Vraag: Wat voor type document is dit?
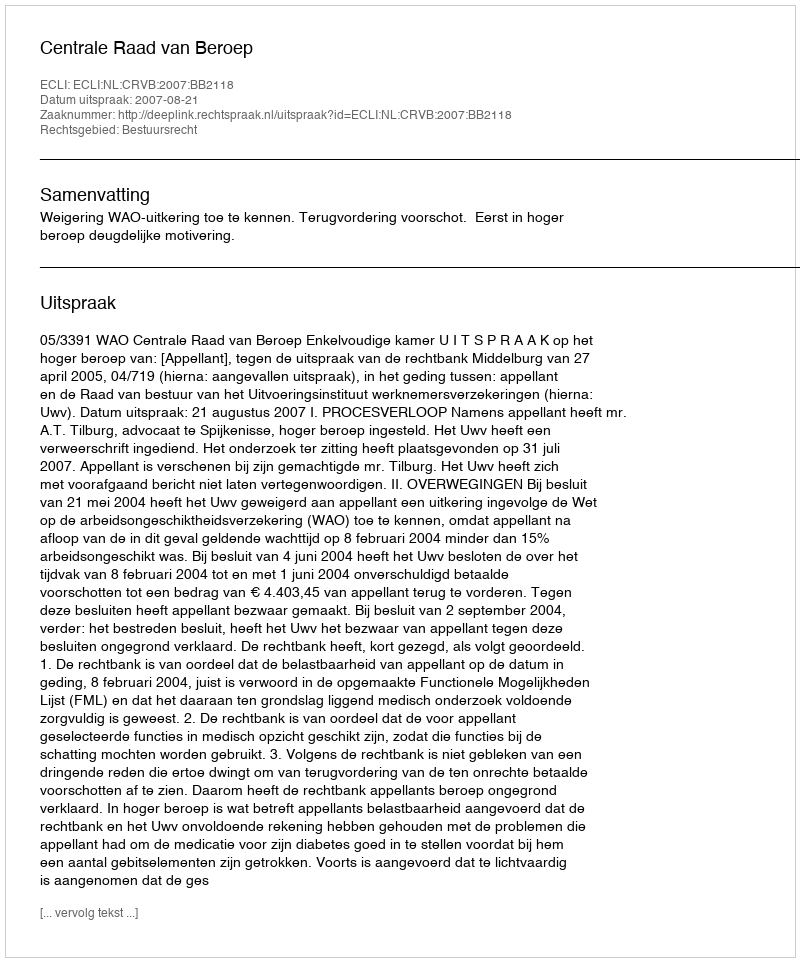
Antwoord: Uitspraak